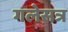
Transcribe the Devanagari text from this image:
गलेसत्र